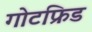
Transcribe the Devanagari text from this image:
गोटफ्रिड